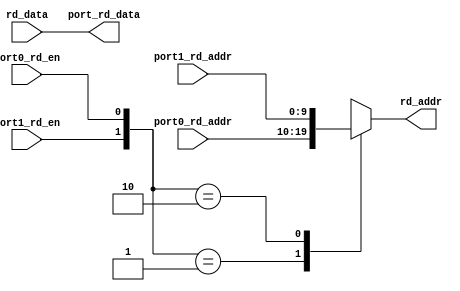
// This program was cloned from: https://github.com/VerticalResearchGroup/miaow
// License: BSD 3-Clause "New" or "Revised" License

module vgpr_2to1_rd_port_mux (
  port0_rd_en,
  port0_rd_addr,

  port1_rd_en,
  port1_rd_addr,

  port_rd_data,

  rd_addr,
  rd_data
);
// S: changed to 2k (parameter passed)
  parameter DATAWIDTH = 2048;

  input         port0_rd_en;
  input [9:0]   port0_rd_addr;

  input         port1_rd_en;
  input [9:0]   port1_rd_addr;

  input [DATAWIDTH-1:0] rd_data;
  output [DATAWIDTH-1:0] port_rd_data;
  output [9:0]  rd_addr;

  reg [9:0]     rd_addr;

  assign port_rd_data = rd_data;

  always @ (
    port0_rd_en or
    port1_rd_en or
    port0_rd_addr or
    port1_rd_addr
  ) begin
      casex({port1_rd_en,port0_rd_en})
        2'b01:
          begin
            rd_addr <= port0_rd_addr;
          end
        2'b10:
          begin
            rd_addr <= port1_rd_addr;
          end
        default:
          begin
            rd_addr <= {10{1'bx}};
          end
      endcase
    end

endmodule